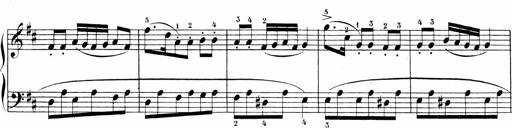
Title: 6 Sonatinas
Composer: Carl Reinecke